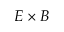
E \times B